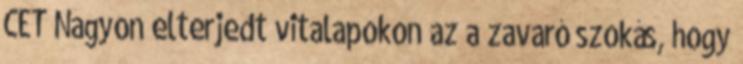
CET Nagyon elterjedt vitalapokon az a zavaró szokás, hogy